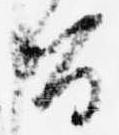
旨